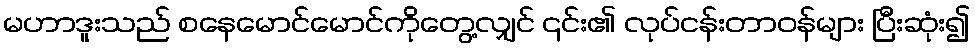
မဟာဒူးသည် စနေမောင်မောင်ကိုတွေ့လျှင် ၎င်း၏ လုပ်ငန်းတာဝန်များ ပြီးဆုံး၍